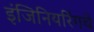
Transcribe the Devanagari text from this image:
इंजिनियरिंगचे